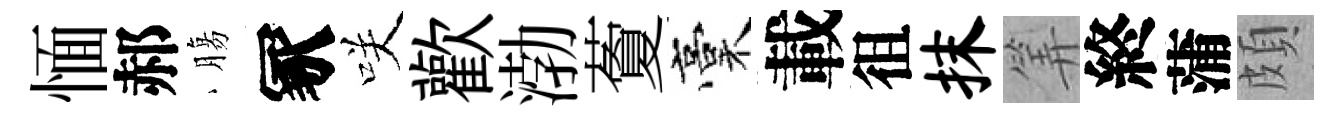
愐郝膓冢咲歡渤藑稾載徂抹筭終蒲頗